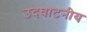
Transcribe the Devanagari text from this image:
उदघाटनीय